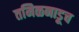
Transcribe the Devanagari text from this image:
तमिळनाडूच